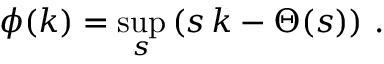
\phi ( k ) = \operatorname* { s u p } _ { s } \left( s \, k - \Theta ( s ) \right) \, .